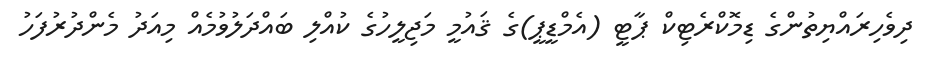
ދިވެހިރައްޔިތުންގެ ޑިމޮކްރެޓިކް ޕާޓީ (އެމްޑީޕީ)ގެ ޤައުމީ މަޖިލީހުގެ ކުއްލި ބައްދަލުވުމެއް މިއަދު މެންދުރުފަހު